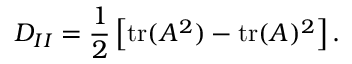
D _ { I I } = \frac { 1 } { 2 } \left[ \mathrm { t r } ( A ^ { 2 } ) - \mathrm { t r } ( A ) ^ { 2 } \right] .